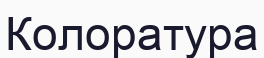
Колоратура